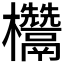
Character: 𭭁